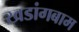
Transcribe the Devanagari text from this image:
खडांगबाम